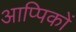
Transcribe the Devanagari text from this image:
आप्पिकों